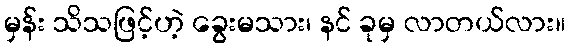
မှန်း သိသဖြင့်ဟဲ့ ခွေးမသား၊ နင် ခုမှ လာတယ်လား။